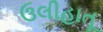
ઉલીહાતૂ